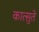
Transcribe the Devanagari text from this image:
कात्सुते